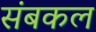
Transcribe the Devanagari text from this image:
संबकल